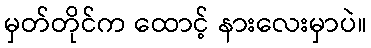
မှတ်တိုင်က ထောင့် နားလေးမှာပဲ။